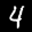
Label: 4